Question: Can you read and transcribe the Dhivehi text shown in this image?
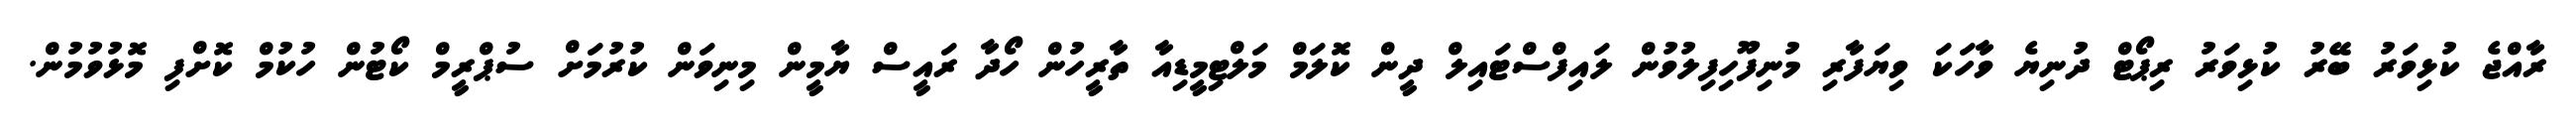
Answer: ރާއްޖެ ކުޅިވަރު ބޭރު ކުޅިވަރު ރިޕޯޓް ދުނިޔެ ވާހަކަ ވިޔަފާރި މުނިފޫހިފިލުވުން ލައިފްސްޓައިލް ދީން ކޮލަމް މަލްޓިމީޑިއާ ތާރީހުން ހޯދާ ރައީސް ޔާމީން މިނިވަން ކުރުމަށް ސުޕްރީމް ކޯޓުން ހުކުމް ކޮށްފި މޮޅުވުމުން.